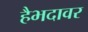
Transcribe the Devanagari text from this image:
हैभदावर